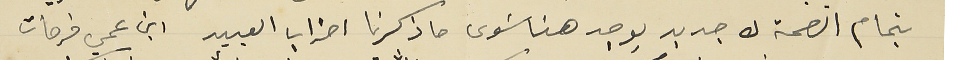
بتمام الصحة لا جديد يوجد هنا سَوى ما ذكرنا اضراب العبيد ابن عمي فرحات